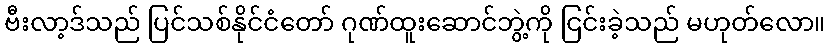
ဗီးလာ့ဒ်သည် ပြင်သစ်နိုင်ငံတော် ဂုဏ်ထူးဆောင်ဘွဲ့ကို ငြင်းခဲ့သည် မဟုတ်လော။